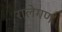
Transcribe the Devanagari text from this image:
रालेगण